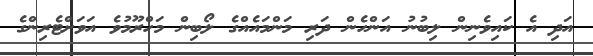
އަދި އެ ކައިވެނިން ލިބުނު އަންހެން ދަރި މަންމައެއްގެ ލޯބިން މަހްރޫމުވެ އަވަށްޓެރިންގެ